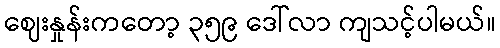
ဈေးနှုန်းကတော့ ၃၅၉ ဒေါ်လာ ကျသင့်ပါမယ်။